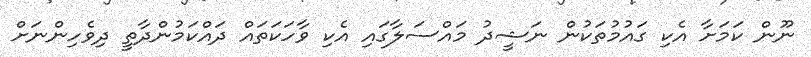
ނޫން ކަމަށާ އެކި ގައުމުތަކުން ނަޝީދު މައްސަލާގައި އެކި ވާހަކަތައް ދައްކަމުންދާތީ ދިވެހިންނަށް